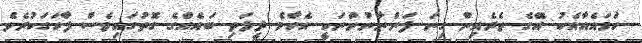
ހަމައެއާއެކު އޭގެ ތެރެއިން ގިނަ ފަންނާނުންނަކީ އެހާމެ ދީލަތި ބައެއްގެ ގޮތުގައިވެސް ފާހަގަކުރެވެ